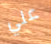
علي